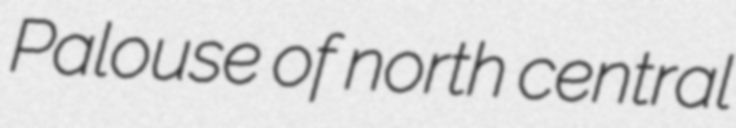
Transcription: Palouse of north central